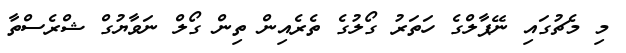
މި މެޗުގައި ނޭޕާލްގެ ހަތަރު ގޯލުގެ ތެރެއިން ތިން ގޯލް ނަވާޔުގް ޝްރެސްތާ